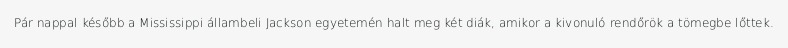
Pár nappal később a Mississippi állambeli Jackson egyetemén halt meg két diák, amikor a kivonuló rendőrök a tömegbe lőttek.